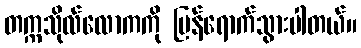
တက္ကသိုလ်လောကကို ပြန်ရောက်သွားပါတယ်။